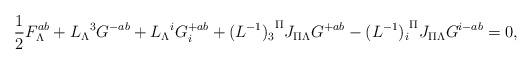
LaTeX: \begin{align*}{1\over 2}F^{ab}_\Lambda+{L_\Lambda}^3 G^{-ab}+{L_\Lambda}^i G_i^{+ab}+{(L^{-1})_3}^\Pi J_{\Pi\Lambda}G^{+ab}-{(L^{-1})_i}^\Pi J_{\Pi\Lambda}G^{i-ab}=0,\end{align*}